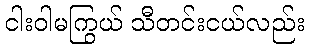
ငါးဝါမကြွယ် သီတင်းငယ်လည်း